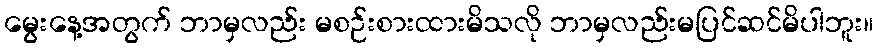
မွေးနေ့အတွက် ဘာမှလည်း မစဉ်းစားထားမိသလို ဘာမှလည်းမပြင်ဆင်မိပါဘူး။